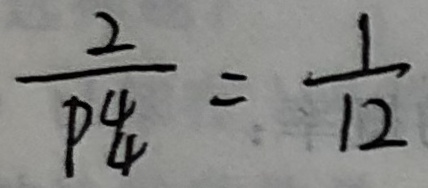
\frac { 2 } { P _ { 4 } ^ { 4 } } = \frac { 1 } { 1 2 }